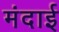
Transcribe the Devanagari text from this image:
मंदाई